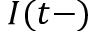
I ( t - )